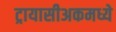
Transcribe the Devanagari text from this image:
ट्रायासीअकमध्ये